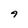
Character: 9